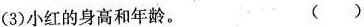
(3)小红的身高和年龄。 ()